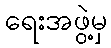
ရေးအဖွဲ့မှ